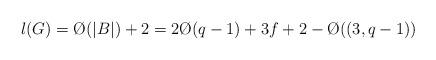
LaTeX: \begin{align*}l(G) = \O(|B|)+2 = 2\O(q-1)+3f+2-\O((3,q-1))\end{align*}